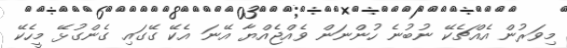
މިވަރުން އެއްޗެކޭ ނުބުނެ ހުންނަން ވެއްޖެއްޔާ އޭނަ އެކޭ ގޭގައި ގެންގުޅޭ މީހެކޭ